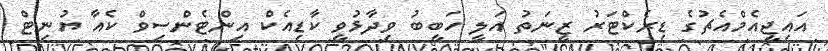
އައިޖީއެމްއެޗުގެ ޑިރެކްޓަރު ޒީނަތު އަލީ ހަބީބު ވިދާޅުވީ ކާޑިއެކް އިންޓެންސިވް ކެއާ ޔުނިޓް